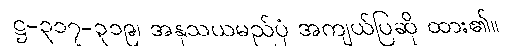
ဋ္ဌ-၃၁၇-၃၁၉၊ အနုသယမည်ပုံ အကျယ်ပြဆို ထား၏။